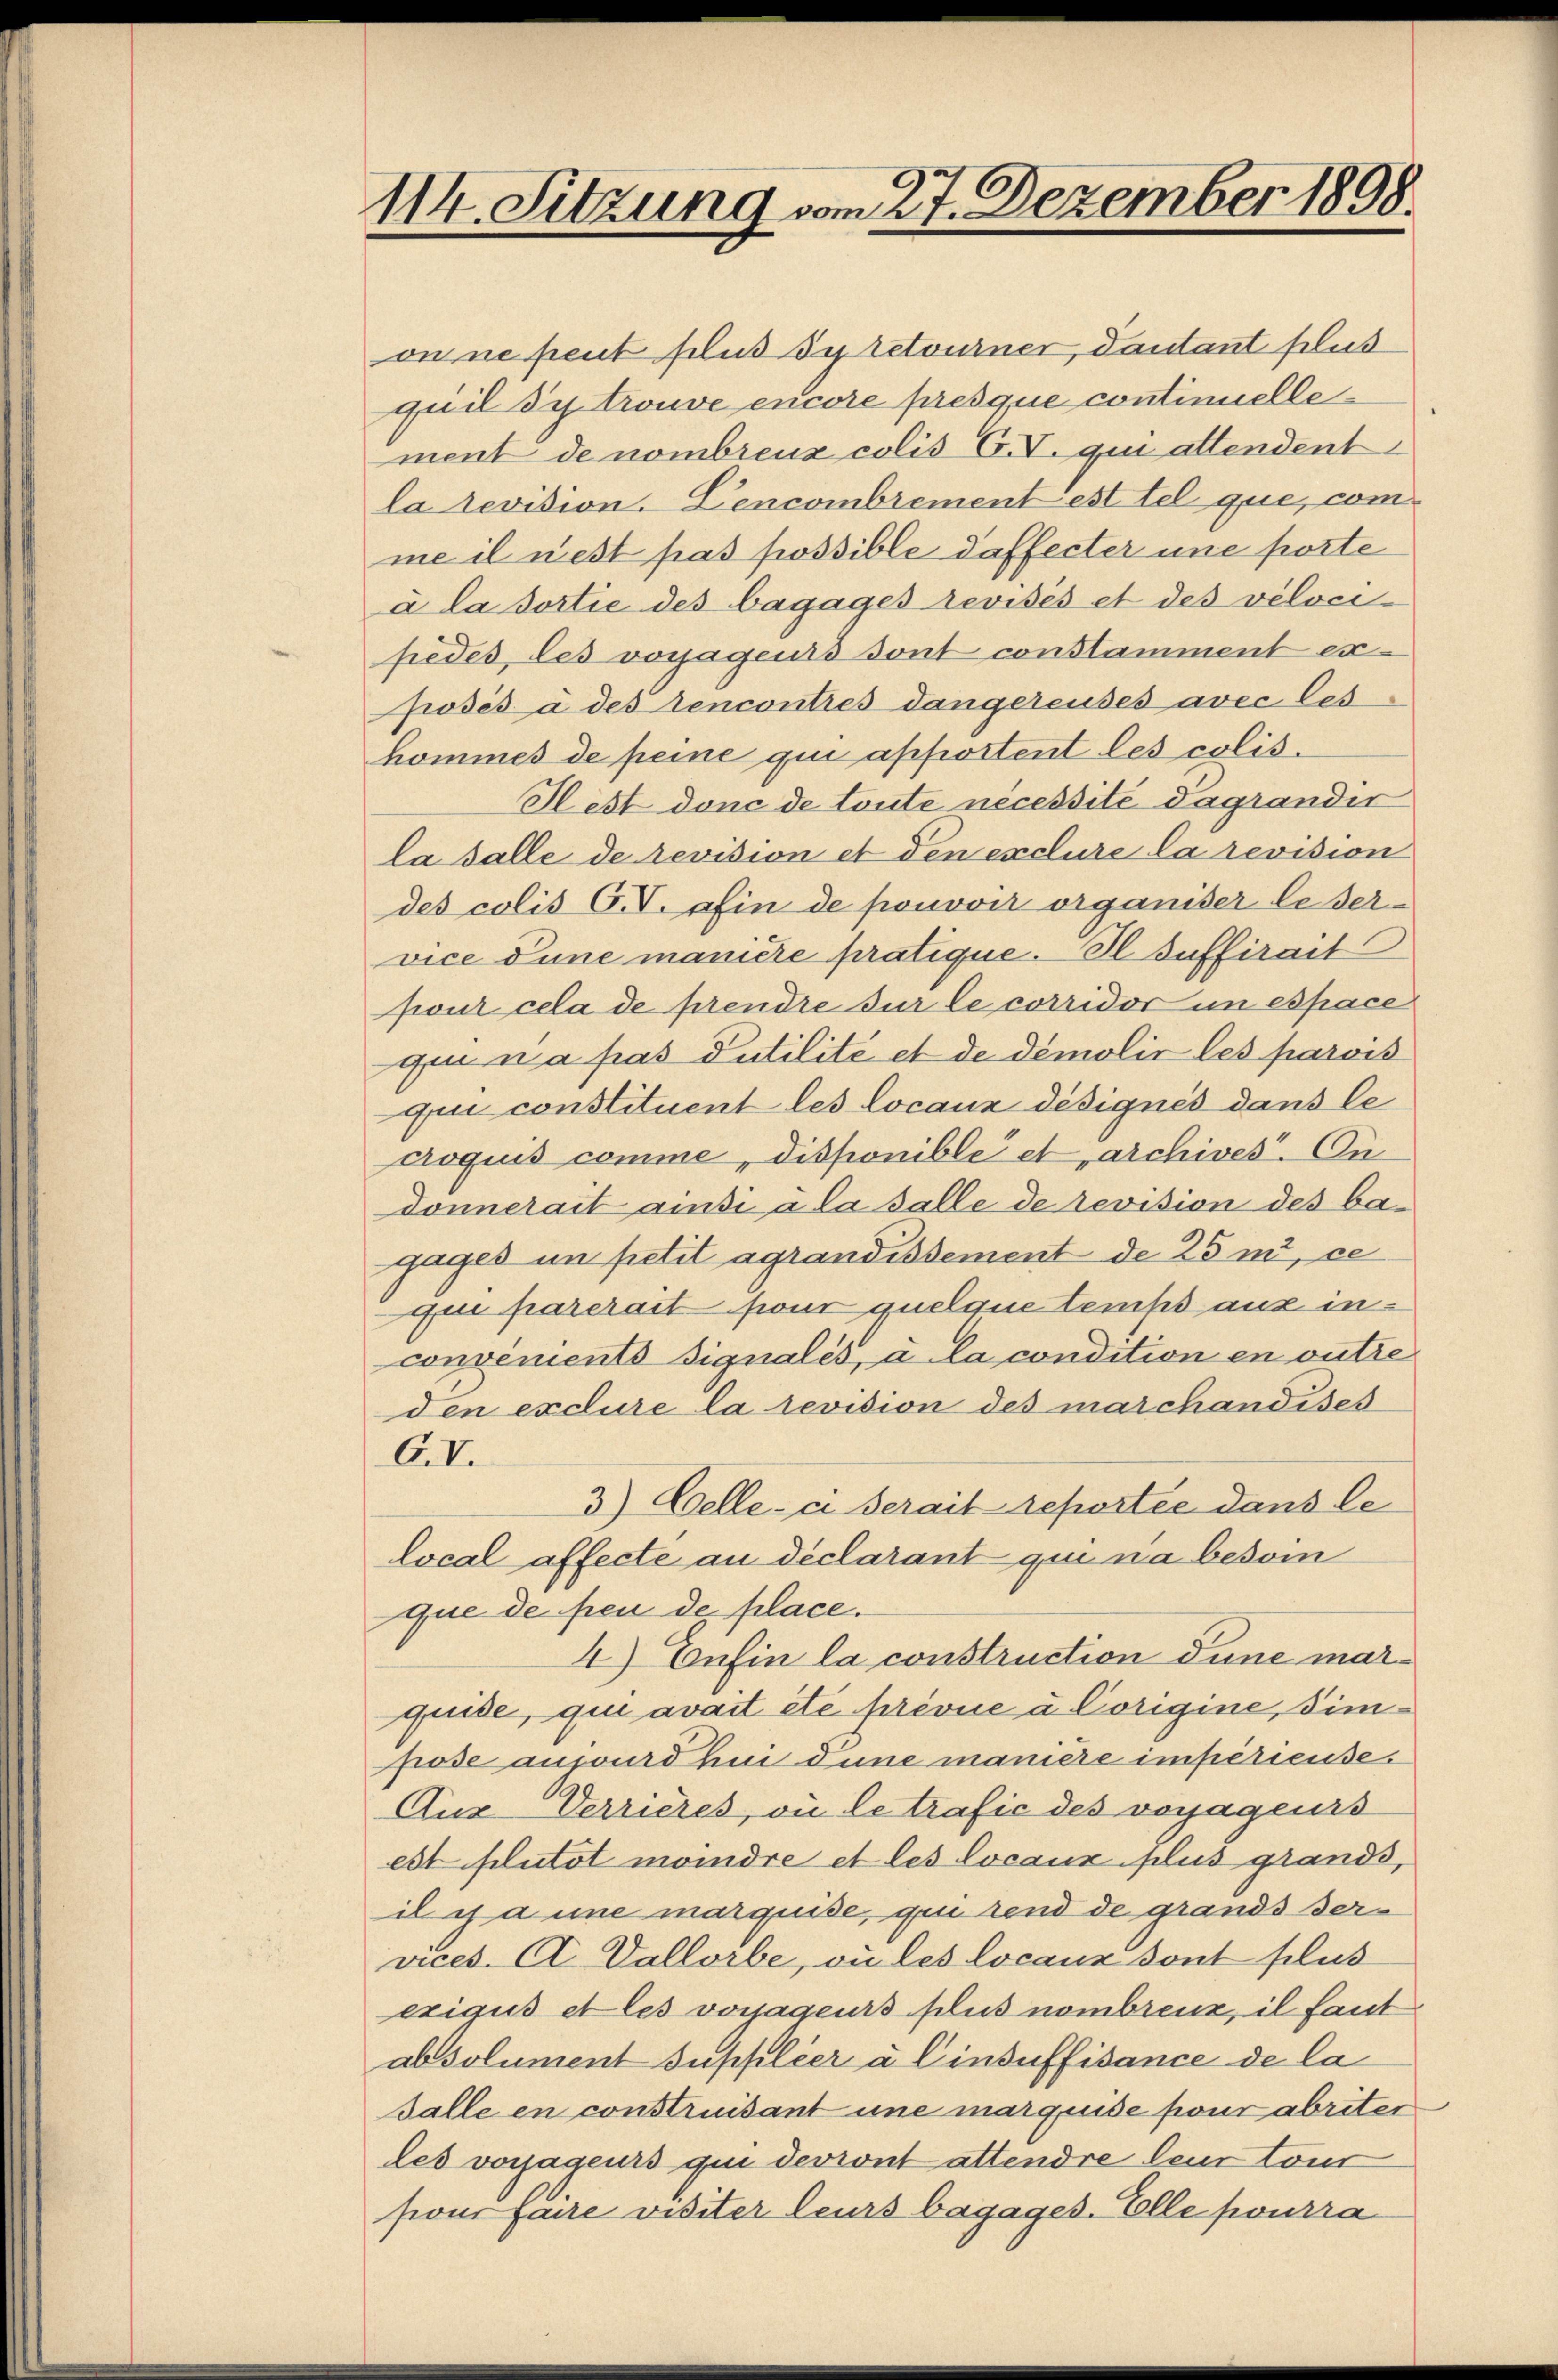
114. Sitzung vom 27. Dezember 1898.

on ne peut plus sy retourner, dautant plus
quil de trouve encore presque continuellement de nombrenz colis C.V. qui attendent
la revision Cencombrement est tel que, comme il nest pas possible daffecter une porte
à la dortie des bagages revisés et des veloci
sedes, les vorjagens sont constamment ex
posés à des Rencontrés dangereuses avec les
hommes de peine qui apportent les colis¬
Hest donc de toute nécessité dagrandir
lasalle de revision et den exclure la revision
des colis CV. afin de pouvoir organiser le dervice Pune manière pratique. Il suffirait
pour cela de prendre sur le corridor in espace
qen na pas Putilité et de démolir les parois
qui constituent les Locaux désignés dans le
croquis comme, disponible et archives. Audonnerait ainsi a la salle de revision des bagages in petit agrandissement de 25 mi, ce
que parerait four quelque temps aus inconvenients Signales, u la condition en outre
den exclure la revision des marchandises
G.V.
3) Celle-ci serait reportée dans le
Local affecte au déclarant qui na besoin
que de peu de place.
4) Enfin la construction dune marquide, qui avait été prévue u. Corigine, Zimpose aujours hei dune manière impérieuse.
Aux Verrieres, ou le trafic des vorjagenss
est plutot moindre et les locaux plus grands,
il anne marquise, qui rend de grands der
vices. A. Vallorbe, ou les locaux dont plus
exigus et les vonageurs plus nombreuz, il faut
absolument suppléer à Cinsuffisance de la
Falle en construisant une marquise sons abriter
les vorjageurs qui devront attendre leur tour
sions faire visiter leurs bagages. Elle pourra